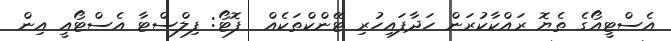
އެސްޓީއޯގެ ތެޔޮ ރައްކާކުރަން ހަދާފައިހުރި ޓޭންކްތަކެއް  ފޮޓޯ: ފިލްސްޓާ އެސްޓޯއީ އިން